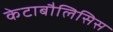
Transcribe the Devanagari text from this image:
केटाबौलिसिस